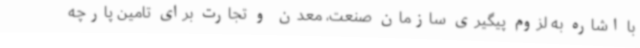
با اشاره به لزوم پیگیری سازمان صنعت، معدن و تجارت برای تامین پارچه